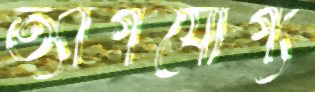
ত্যাগযোগ্য